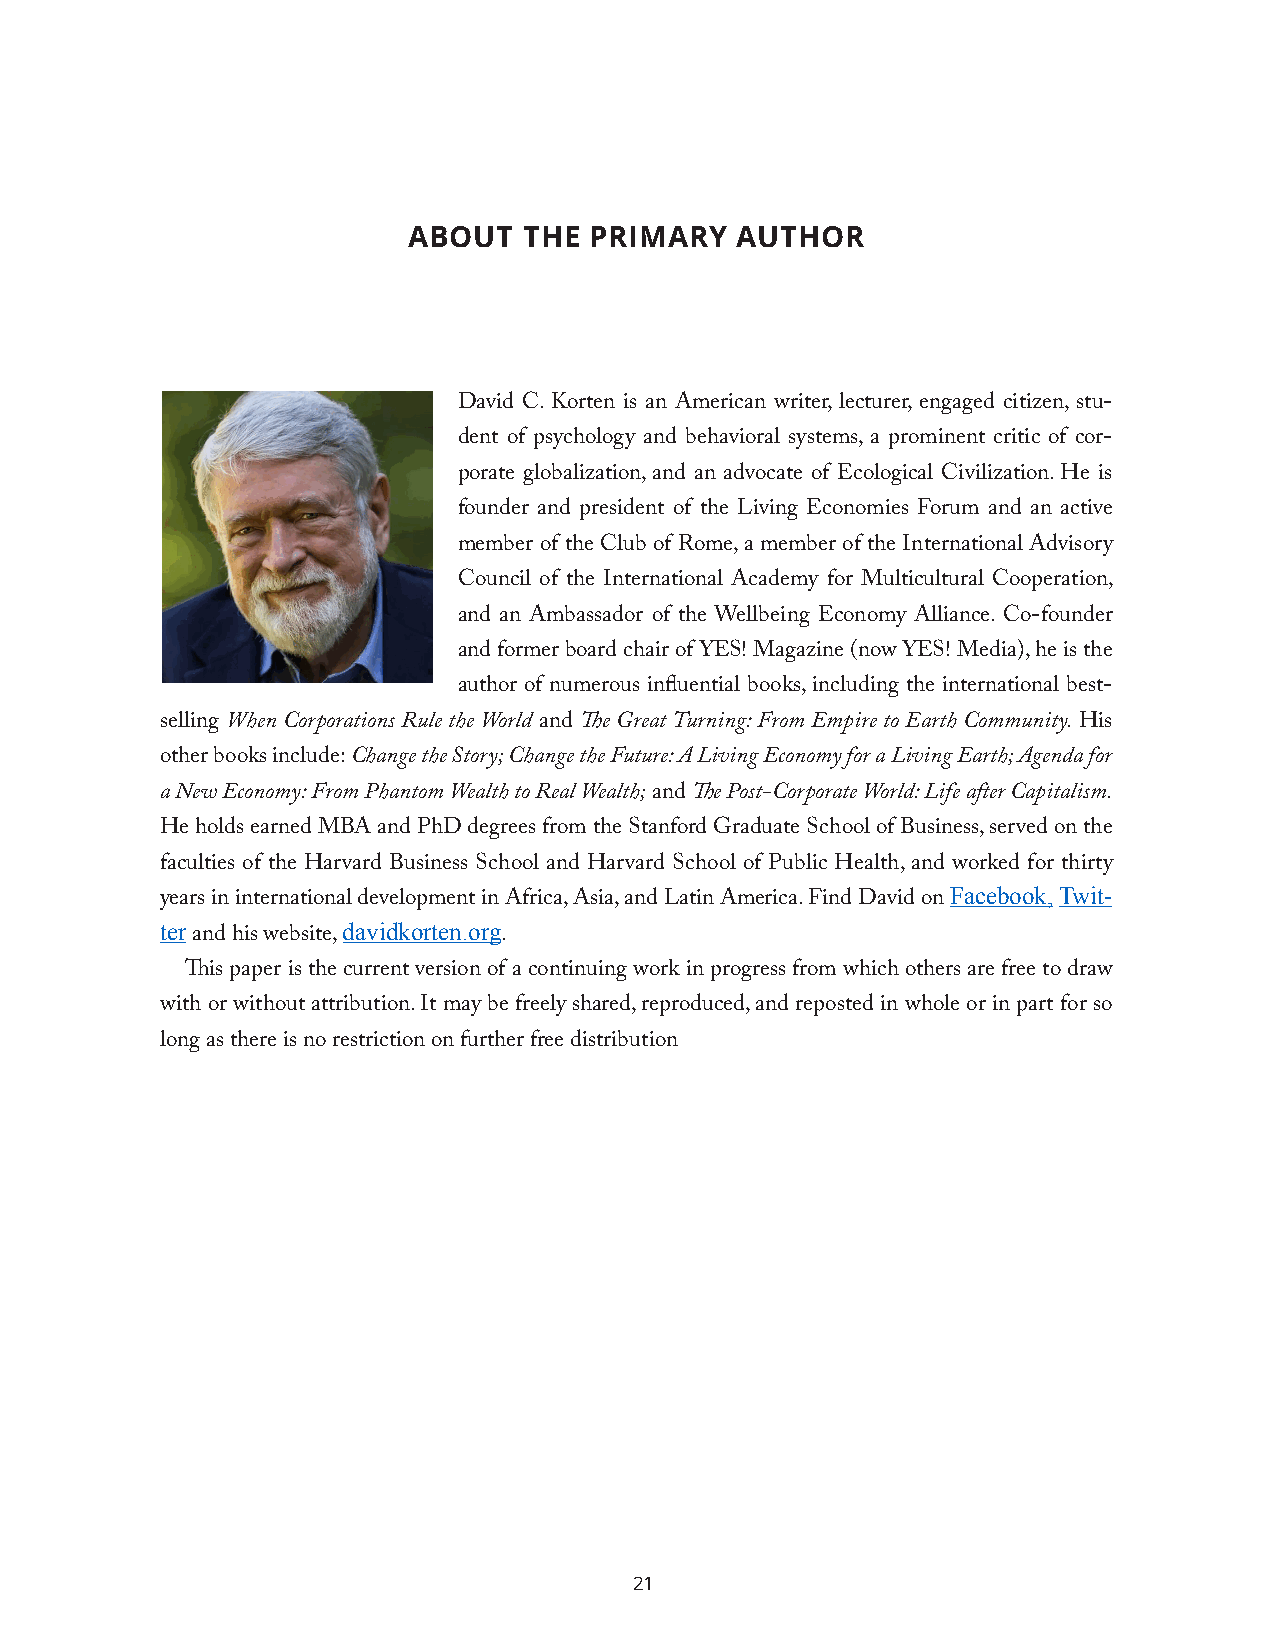
ABOUT   THE PRIMARY   AUTHOR
 David C. Korten is an American writer, lecturer, engaged citizen, stu-
 dent of psychology and behavioral systems, a prominent critic of cor-
 porate globalization, and an advocate of Ecological Civilization. He is
 founder and president of the Living Economies Forum and an active
 member of the Club of Rome, a member of the International Advisory
 Council of the International Academy for Multicultural Cooperation,
 and an Ambassador of the Wellbeing Economy Alliance. Co-founder
 and former board chair of YES! Magazine (now YES! Media), he is the
 author of numerous influential books, including the international best-
 selling When Corporations Rule the World and The Great Turning: From Empire to Earth Community. His
 other books include: Change the Story; Change the Future: A Living Economy for a Living Earth; Agenda for
 a New Economy: From Phantom Wealth to Real Wealth; and The Post-Corporate World: Life after Capitalism.
 He holds earned MBA and PhD degrees from the Stanford Graduate School of Business, served on the
 faculties of the Harvard Business School and Harvard School of Public Health, and worked for thirty
 Facebook,Twit-
 years in international development in Africa, Asia, and Latin America. Find David on
 ter         davidkorten.org
 and his website,    .
 This paper is the current version of a continuing work in progress from which others are free to draw
 with or without attribution. It may be freely shared, reproduced, and reposted in whole or in part for so
 long as there is no restriction on further free distribution
 21